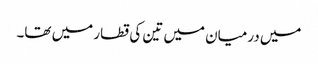
میں درمیان میں تین کی قطار میں تھا۔